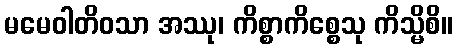
မမေဝါတိဝသာ အဿု၊ ကိစ္စာကိစ္စေသု ကိသ္မိစိ။